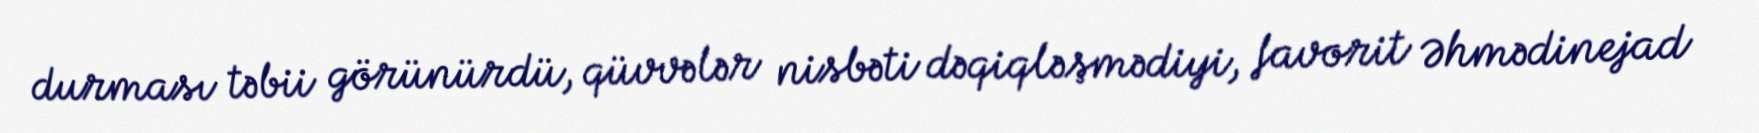
durması təbii görünürdü, qüvvələr nisbəti dəqiqləşmədiyi, favorit Əhmədinejad